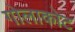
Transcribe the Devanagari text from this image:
गोलाकोट